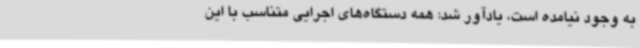
به وجود نیامده است، یادآور شد: همه دستگاه‌های اجرایی متناسب با این